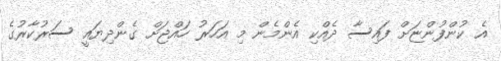
އެ ކުންފުންޏަށް ފައިސާ ދެއްކި އެންމެން މި އަހަރު ހައްޖަށް ގެންދިޔައީ ސަރުކާރުގެ